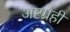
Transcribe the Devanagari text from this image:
अष्टग्रही